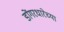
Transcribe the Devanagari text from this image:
डोंगरधारेच्या